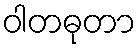
ဝါတဓုတာ